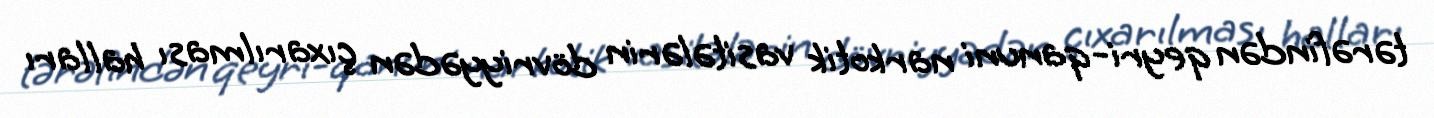
tərəfindən qeyri-qanuni narkotik vasitələrin dövriyyədən çıxarılması halları